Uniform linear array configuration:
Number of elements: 24
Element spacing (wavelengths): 0.25
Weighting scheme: hann
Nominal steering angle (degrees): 15
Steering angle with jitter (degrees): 15.009
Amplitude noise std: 0.05
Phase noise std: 0.05

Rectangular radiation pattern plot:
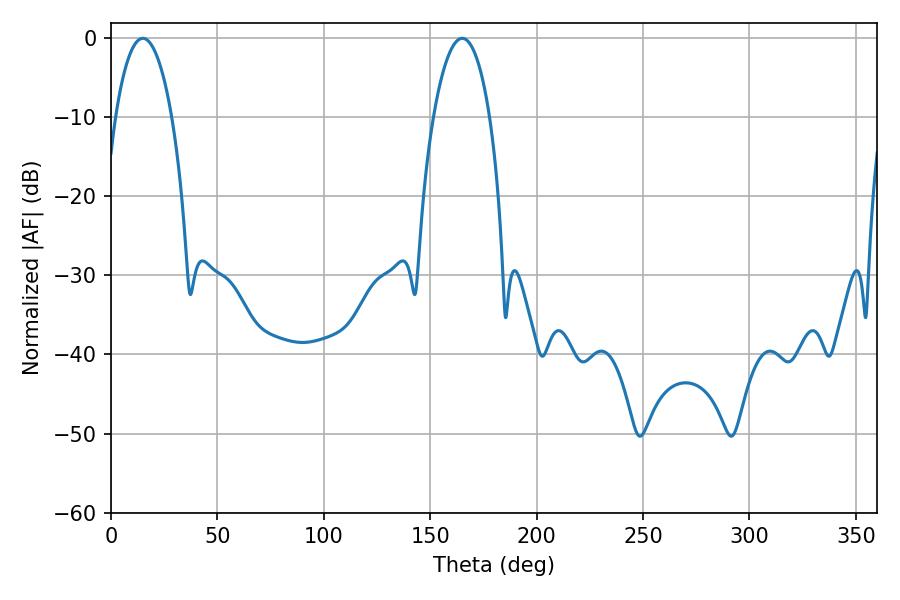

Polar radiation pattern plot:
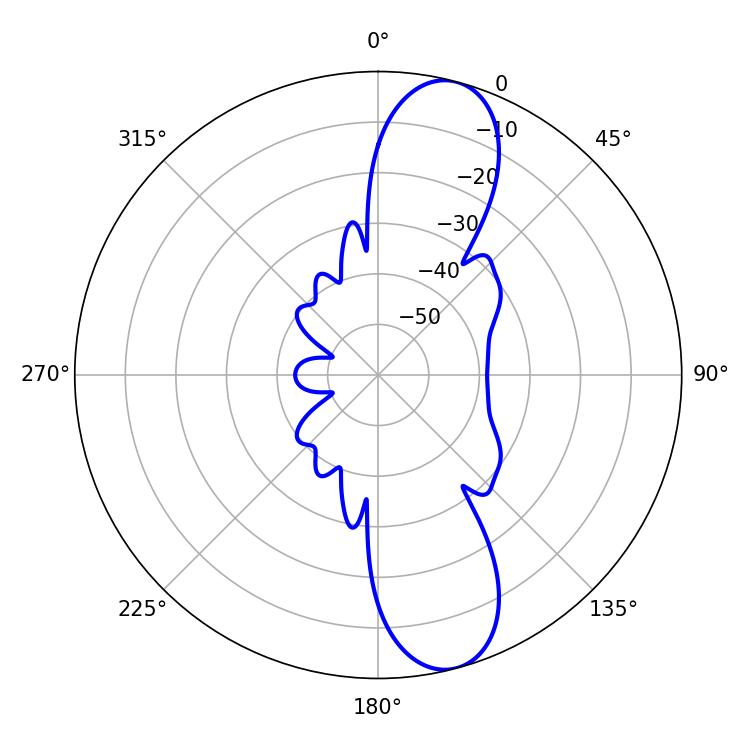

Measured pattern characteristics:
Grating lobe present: FALSE
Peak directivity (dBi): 11.451
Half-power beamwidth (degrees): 14.76
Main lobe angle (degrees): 14.94